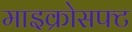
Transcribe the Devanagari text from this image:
माइक्रोसफ्ट